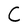
Character: C